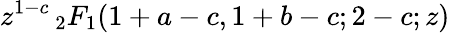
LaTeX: z^{1-c}\, _{2}F_{1}(1+a-c,1+b-c;2-c;z)